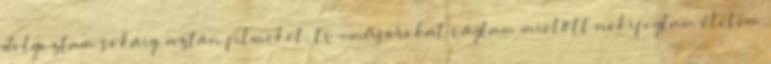
dolgoztam sokáig, aztán filmeket, tv-műsorokat vágtam mielőtt nekifogtam életem